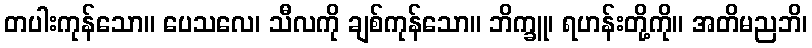
တပါးကုန်သော။ ပေသလေ၊ သီလကို ချစ်ကုန်သော။ ဘိက္ခူ၊ ရဟန်းတို့ကို။ အတိမညဘိ၊